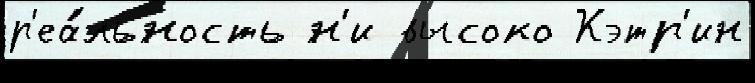
р'еа́льность н'и высоко Кэтр'ин